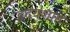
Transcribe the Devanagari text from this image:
हृदयशाह